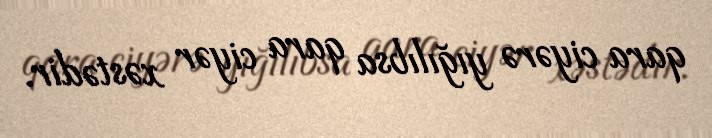
qara ciyərə yığılıbsa qara ciyər xəstədir.